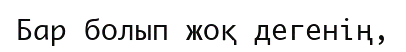
Бар болып жоқ дегенің,